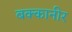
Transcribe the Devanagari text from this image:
बक्कानीर